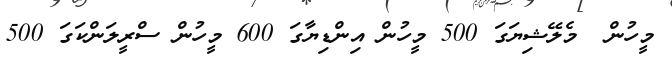
މީހުން  މެލޭޝިޔަގަ 500 މީހުން އިންޑިޔާގަ 600 މީހުން ސްރީލަންކަގަ 500